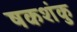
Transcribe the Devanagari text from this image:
षकशंकु